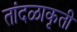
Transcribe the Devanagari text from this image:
तांदळाकृती